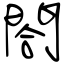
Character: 閤